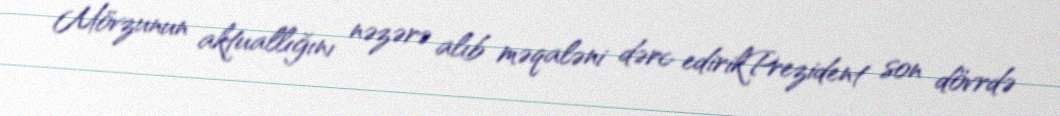
Mövzunun aktuallığını nəzərə alıb məqaləni dərc edirikPrezident son dövrdə